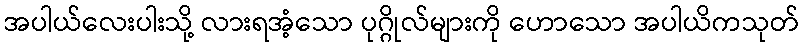
အပါယ်လေးပါးသို့ လားရအံ့သော ပုဂ္ဂိုလ်များကို ဟောသော အပါယိကသုတ်